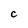
Character: C